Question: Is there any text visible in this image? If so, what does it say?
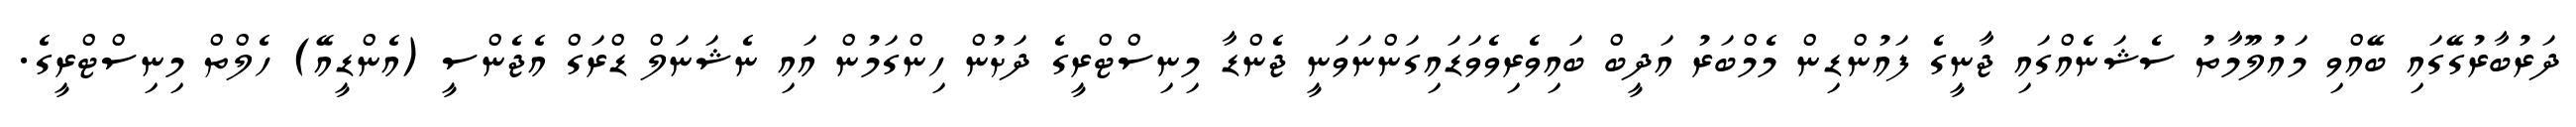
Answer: ދަރުބާރުގޭގައި ބޭއްވި މައުލޫމާތު ސެޝަނެއްގައި ޖާނީގެ ފައުންޑިން މެމްބަރު އަދީބް ބައިވެރިވެވަޑައިގަންނަވަނީ ޖެންޑާ މިނިސްޓްރީގެ ދަށުން ހިންގަމުން އައި ނެޝަނަލް ޑްރަގް އެޖެންސީ (އެންޑީއޭ) ހެލްތް މިނިސްޓްރީގެ.